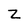
Character: z